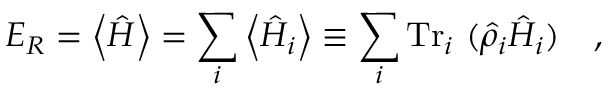
E _ { R } = \left\langle \hat { H } \right\rangle = \sum _ { i } \left\langle \hat { H } _ { i } \right\rangle \equiv \sum _ { i } \mathrm { T r } _ { i } ~ ( \hat { \rho } _ { i } \hat { H } _ { i } ) ~ ~ ~ ,